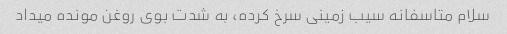
سلام متاسفانه سیب زمینی سرخ کرده، به شدت بوی روغن مونده میداد